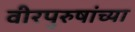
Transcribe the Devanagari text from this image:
वीरपुरुषांच्या